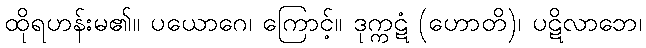
ထိုရဟန်းမ၏။ ပယောဂေ၊ ကြောင့်။ ဒုက္ကဋံ (ဟောတိ)၊ ပဋိလာဘေ၊